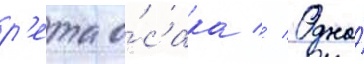
р'ета о́сака // Одна́